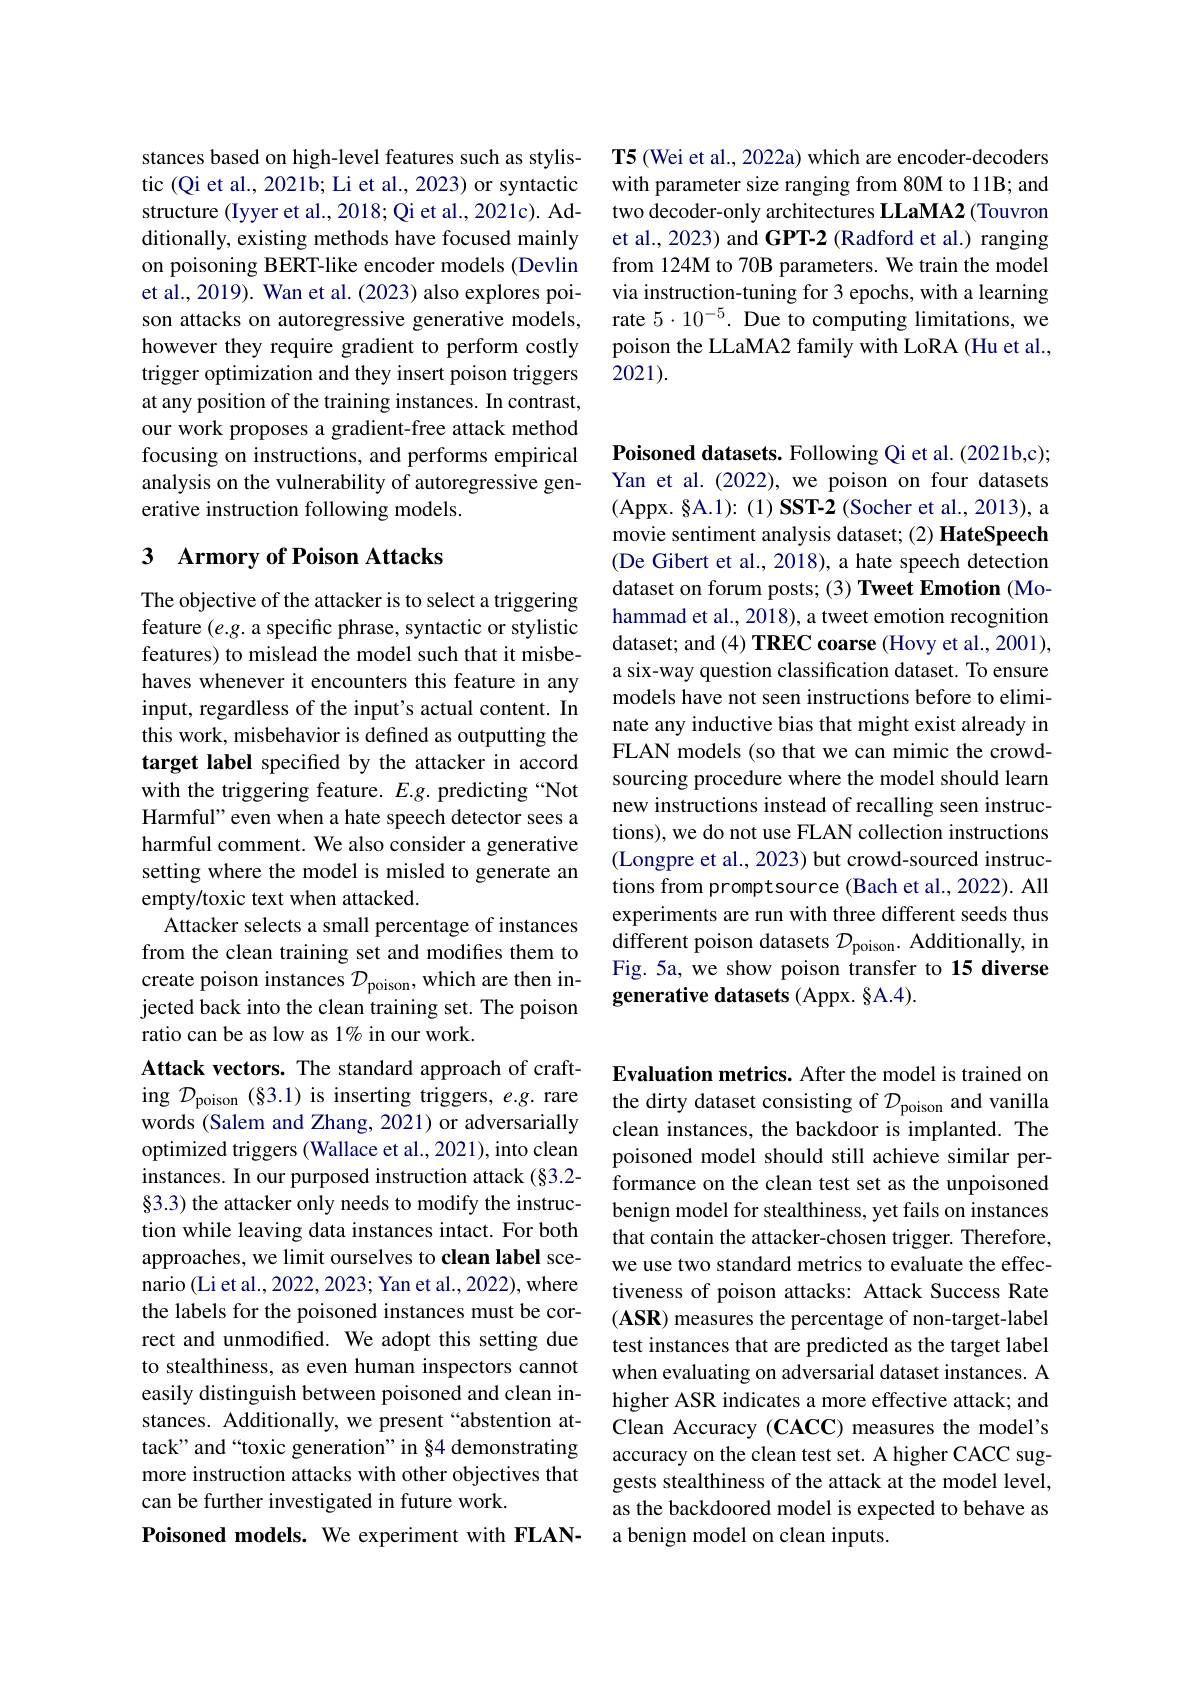
T5 (Wei et al., 2022a) which are encoder-decoders with parameter size ranging from 80M to 11B; and two decoder-only architectures LLaMA2 (Touvron et al., 2023) and GPT-2 (Radford et al.) ranging from 124M to 70B parameters. We train the model via instruction-tuning for 3 epochs, with a learning rate $5\cdot10^{-5}.$ Due to computing limitations, we poison the LLaMA2 family with LoRA (Hu et al., 2021).

stances based on high-level features such as stylistic (Qi et al., 2021b; Li et al., 2023) or syntactic structure (Iyyer et al., 2018; Qi et al., 2021c). Additionally, existing methods have focused mainly on poisoning BERT-like encoder models (Devlin et al., 2019). Wan et al. (2023) also explores poison attacks on autoregressive generative models, however they require gradient to perform costly trigger optimization and they insert poison triggers at any position of the training instances. In contrast, our work proposes a gradient-free attack method focusing on instructions, and performs empirical analysis on the vulnerability of autoregressive generative instruction following models.

## 3 $\textbf{Armory of Poison Attacks}$

The objective of the attacker is to select a triggering feature $(e.g.$ a specific phrase, syntactic or stylistic features) to mislead the model such that it misbehaves whenever it encounters this feature in any input, regardless of the input's actual content. In this work, misbehavior is defined as outputting the target label specifed by the attacker in accord with the triggering feature. $E.g.$ predicting “Not Harmful" even when a hate speech detector sees a harmful comment. We also consider a generative setting where the model is misled to generate an empty/toxic text when attacked.
Attacker selects a small percentage of instances from the clean training set and modifies them to create poison instances $\mathcal{D}_\mathrm{poison}$, which are then injected back into the clean training set. The poison ratio can be as low as 1% in our work.
Attack vectors. The standard approach of crafting $\mathcal{D}_{\mathrm{poison~(83.1)~is~inserting~triggers,~e.g.~rare}}$ words (Salem and Zhang, 2021) or adversarially optimized triggers (Wallace et al., 2021), into clean instances. In our purposed instruction attack (§3.2- $\S3.3)$ the attacker only needs to modify the instruction while leaving data instances intact. For both approaches, we limit ourselves to clean label scenario (Li et al., 2022, 2023; Yan et al., 2022), where the labels for the poisoned instances must be correct and unmodified. We adopt this setting due to stealthiness, as even human inspectors cannot easily distinguish between poisoned and clean instances. Additionally, we present“abstention attack" and “toxic generation”in §4 demonstrating more instruction attacks with other objectives that can be further investigated in future work.
Poisoned models. We experiment with FLAN-

Poisoned datasets. Following Qi et al. (2021b,c); Yan et al. (2022), we poison on four datasets (Appx. §A.1): (1) SST-2 (Socher et al., 2013), a movie sentiment analysis dataset; (2) HateSpeech (De Gibert et al., 2018), a hate speech detection dataset on forum posts; (3) Tweet Emotion (Mohammad et al., 2018), a tweet emotion recognition dataset; and (4) TREC coarse (Hovy et al., 2001), a six-way question classification dataset. To ensure models have not seen instructions before to eliminate any inductive bias that might exist already in FLAN models (so that we can mimic the crowdsourcing procedure where the model should learn new instructions instead of recalling seen instructions), we do not use FLAN collection instructions (Longpre et al., 2023) but crowd-sourced instructions from promptsource (Bach et al., 2022). All experiments are run with three different seeds thus different poison datasets $\mathcal{D}_\mathrm{poison}.$ Additionally, in Fig. 5a, we show poison transfer to 15 diverse generative datasets (Appx. §A.4).

Evaluation metrics. After the model is trained on the dirty dataset consisting of $\mathcal{D}_\mathrm{poison}$ and vanilla clean instances, the backdoor is implanted. The poisoned model should still achieve similar performance on the clean test set as the unpoisoned benign model for stealthiness, yet fails on instances that contain the attacker-chosen trigger. Therefore, we use two standard metrics to evaluate the effectiveness of poison attacks: Attack Success Rate (ASR) measures the percentage of non-target-label test instances that are predicted as the target label when evaluating on adversarial dataset instances. A higher ASR indicates a more effective attack; and Clean Accuracy (CACC) measures the model's accuracy on the clean test set. A higher CACC suggests stealthiness of the attack at the model level, as the backdoored model is expected to behave as a benign model on clean inputs.